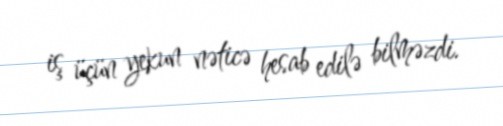
iş üçün yekun nəticə hesab edilə bilməzdi.